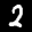
Label: 2